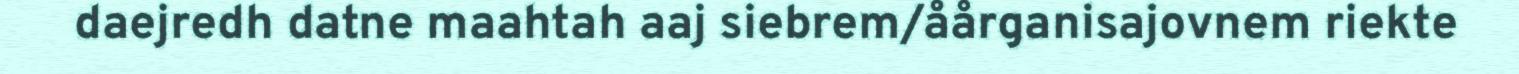
daejredh datne maahtah aaj siebrem/åårganisajovnem riekte